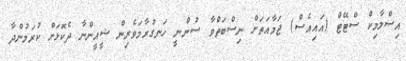
އިސްލާމިކް ސްޓޭޓް (އައިއެސް) ޖަމާއަތަށް ނިސްބަތްވާ ސުންނީ ހަނގުރާމަވެރިން ޝީއީންނާ ދެކޮޅަށް ކުރަމުންދާ